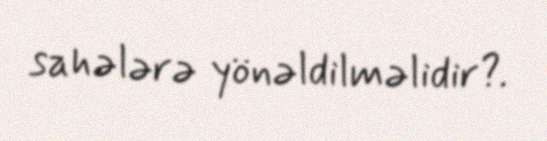
sahələrə yönəldilməlidir?.